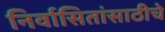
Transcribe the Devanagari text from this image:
निर्वासितांसाठीचे